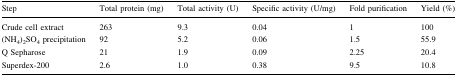
<table><thead><tr><td><b>Step</b></td><td><b>Total protein (mg)</b></td><td><b>Total activity (U)</b></td><td><b>Specific activity (U/mg)</b></td><td><b>Fold purification</b></td><td><b>Yield (%)</b></td></tr></thead><tbody><tr><td>Crude cell extract</td><td>263</td><td>9.3</td><td>0.04</td><td>1</td><td>100</td></tr><tr><td>(NH<sub>4</sub>)<sub>2</sub>SO<sub>4</sub> precipitation</td><td>92</td><td>5.2</td><td>0.06</td><td>1.5</td><td>55.9</td></tr><tr><td>Q Sepharose</td><td>21</td><td>1.9</td><td>0.09</td><td>2.25</td><td>20.4</td></tr><tr><td>Superdex-200</td><td>2.6</td><td>1.0</td><td>0.38</td><td>9.5</td><td>10.8</td></tr></tbody></table>